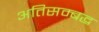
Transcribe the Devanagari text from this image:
अतिसम्बद्ध